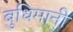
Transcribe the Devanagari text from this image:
बुधिमानी